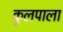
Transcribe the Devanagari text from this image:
कुलपाला